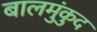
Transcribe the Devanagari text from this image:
बालमुंकुद